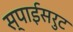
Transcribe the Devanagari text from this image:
स्पाईसरुट